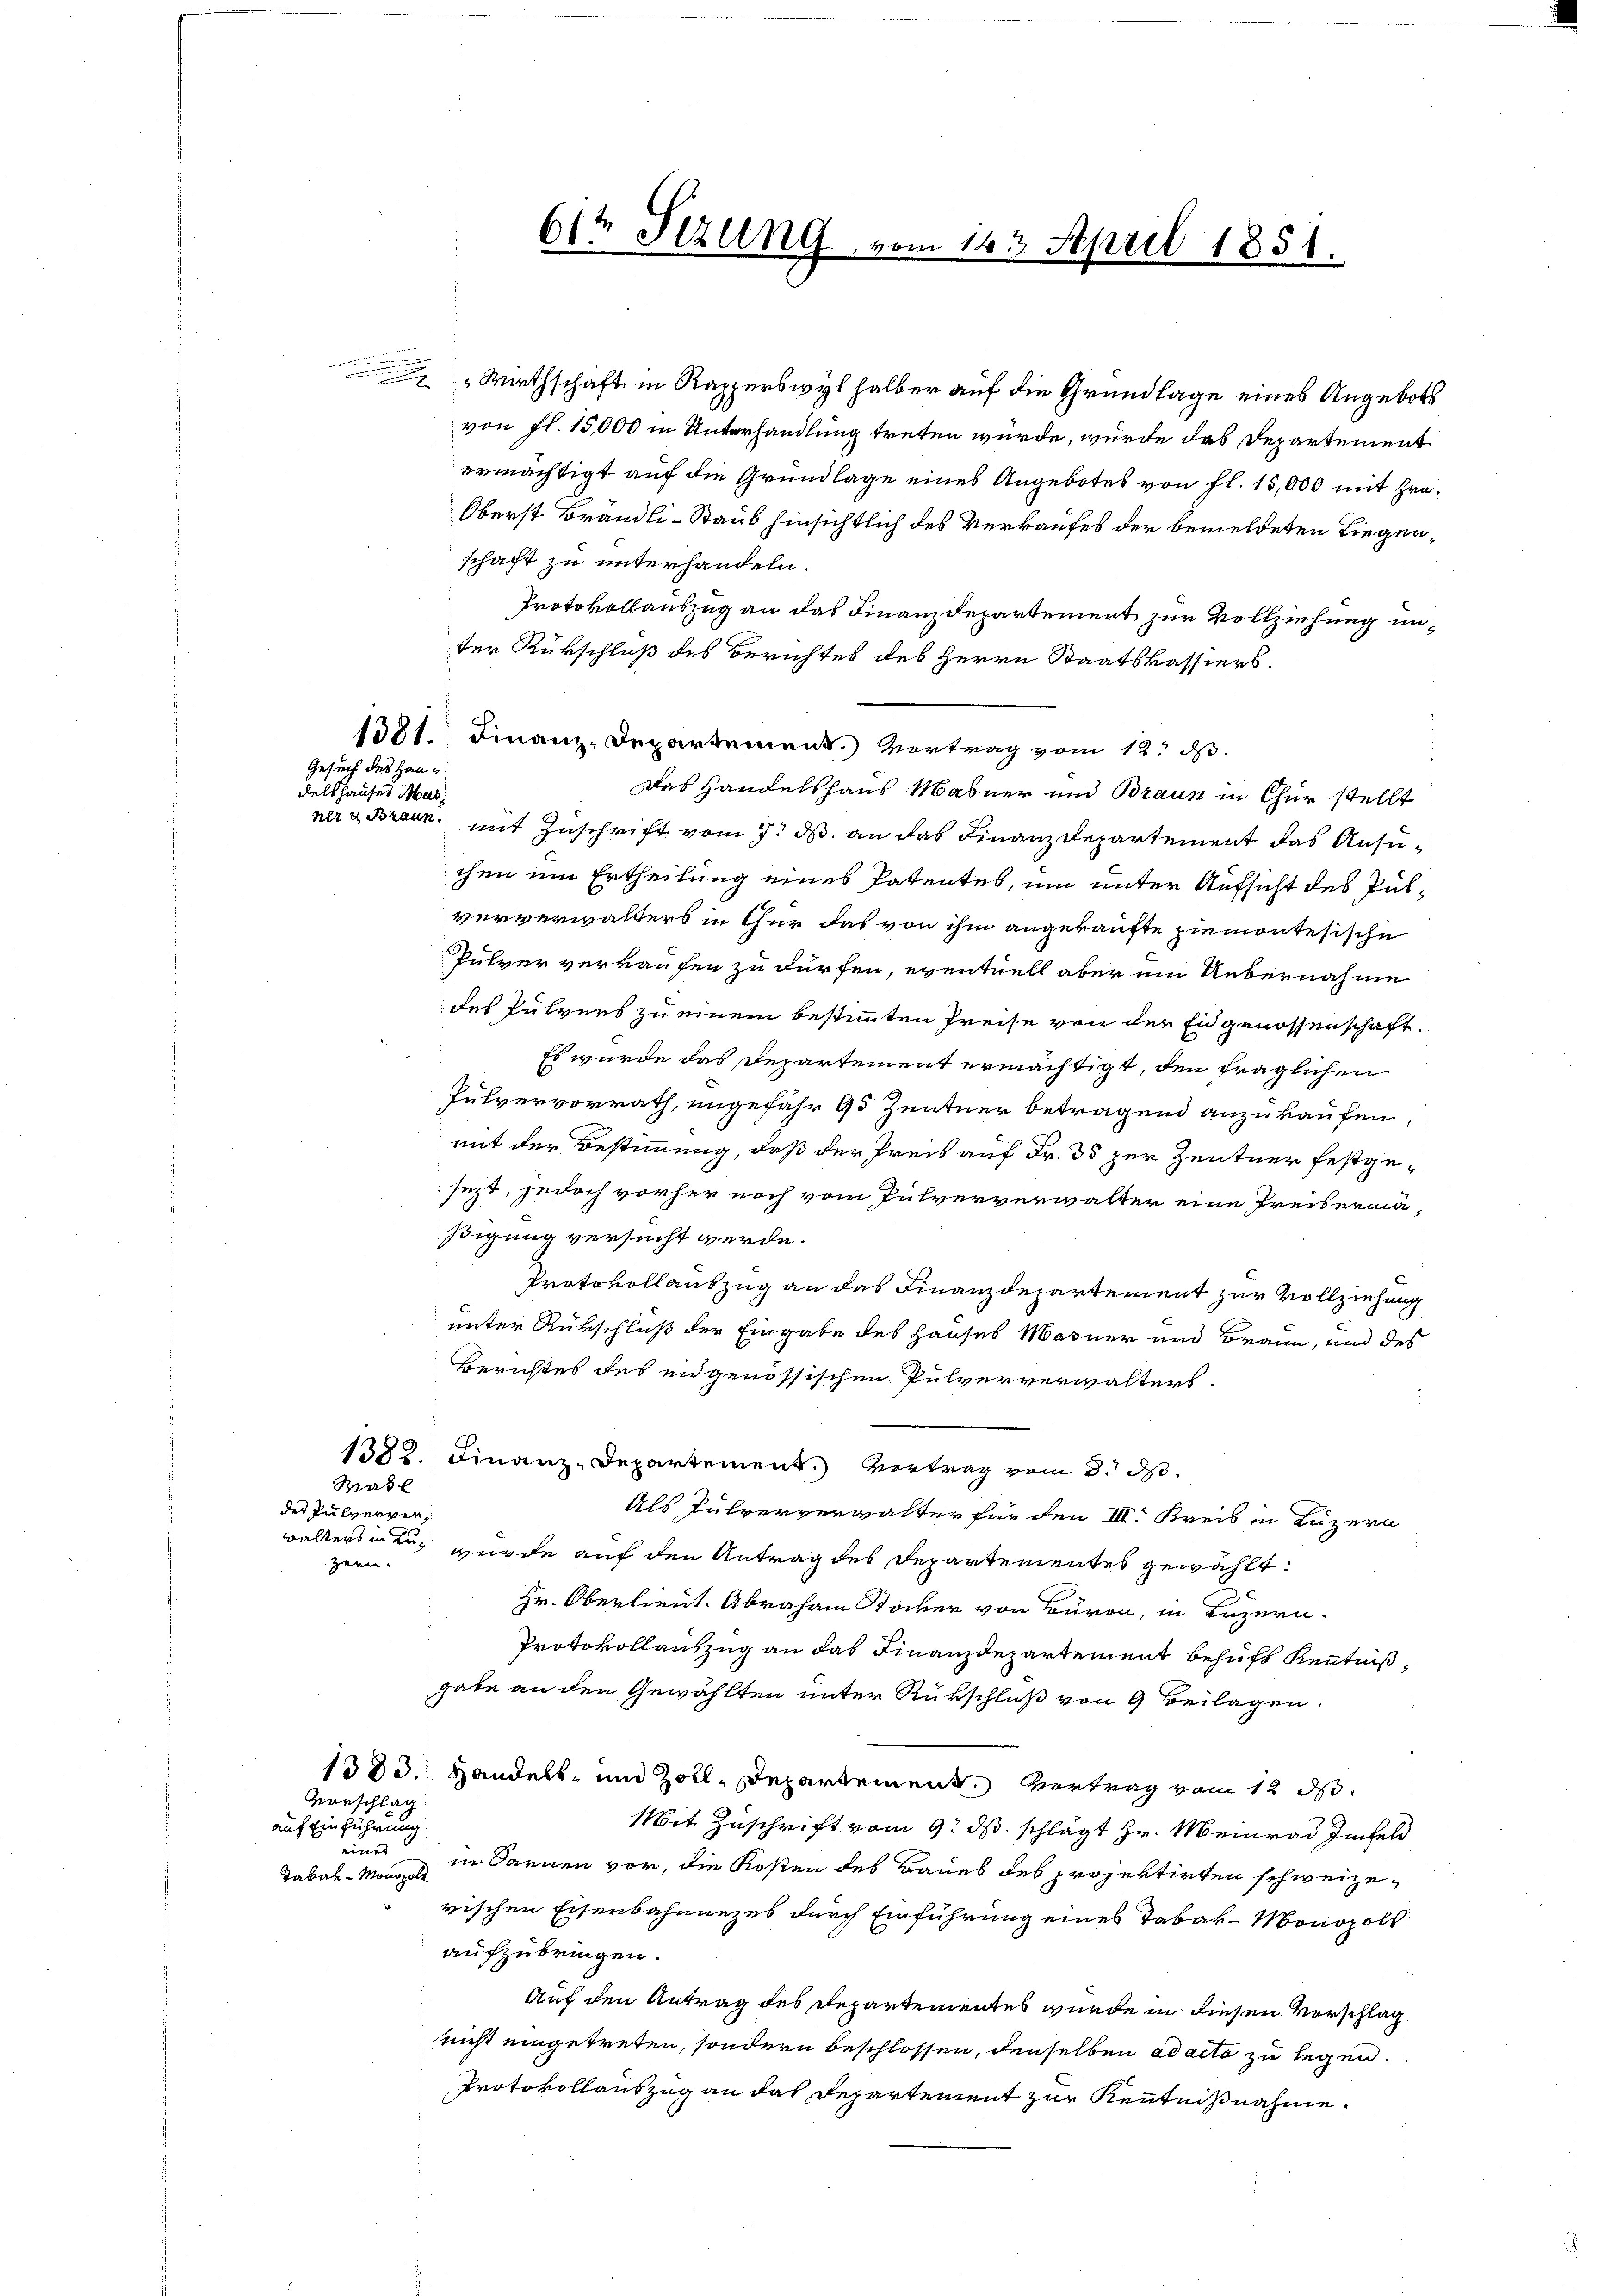
Gesuch des Haudelshauses Mar¬

des Pulverger,

auf Einführung
Tabak-Monopold

von fl. 15,000 in Unterhandlung treten würde, wurde das Departement
ermächtigt auf die Grundlage eines Angebotes von fl. 15,000 mit Hrn.
Oberst Brändli-Staub hinsichtlich des Verkaufes der bemeldeten Liegenschaft zu unterhandeln.
Protokollauszug an das Finanzdepartement zur Vollziehung unter Rükschluß des Berichtes des Herrn Staatskassiers.

1381. Finanz-Departement. Vortrag vom 12. d.
Das Handelshaus Mabner und Braun in Chur stellt
ner & Braun, mit Zuschrift vom 7. ds. an das Finanzdepartement das Ansuchen um Ertheilung eines Patentes, um unter Aufsicht des Pulververwalters in Chur das von ihm angekaufte ziemontesische
Pulver verkaufen zu dürfen, eventuell aber ein Uebernahme
des Pulvers zu einem bestimmten Preise von der Eidgenossenschaft.
Es wurde das Departement ermächtigt, den fraglichen
Pulvervorrath, ungefähr 95 Zentner betragend anzukaufen
mit der Bestimmung, daß der Preis auf Fr. 35 zur Zentner festgesezt, jedoch vorher noch vom Pulververwalter eine Preisermäßigung versucht werde.
Protokollauszug an das Finanzdepartement zur Vollziehung
unter Rükschluß der Eingabe des Hauses Masner und Braun, und des
Berichtes des engenössischen Pulververwalters.
1382. Finanz-Departement. Vertrag vom 8. d.
Masl
Als Pulververwalter für den III. Kreis in Luzern
walters mir, wurde auf den Antrag des Departementes gewählt:
zern.
Hr. Oberlieut. Abraham Stocker von Buron, in Luzern.
Protokollauszug an das Finanzdepartement behufs Kenntnißgabe an den Gewählten unter Rükschluß von 9 Beilagen:
1383. Handels- und Zoll-Departement. Vertrag vom 12. ds.
Vorschlag
Mit Zuschrift vom 9. ds. schlägt Hr. Meinrad infeld
einer
in Darnen vor, die Kosten des Baues des projektirten schweizerischen Eisenbahnnezes durch Einführung eines Tabar- Monopols
aufzubringen.
Auf den Antrag des Departementes wurde in diesen Vorschlag
nicht eingetreten, sondern beschlossen, denselben ad acta zu legen.
Protokollauszug an das Departement zur Kenntnißnahme.

61t Sizung vom 16t April 1851.

" Wirthschaft in Rapperswyl halber auf die Grundlage eines Angebots